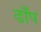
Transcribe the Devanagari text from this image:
ढाँप